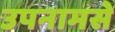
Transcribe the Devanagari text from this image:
उपनामसे